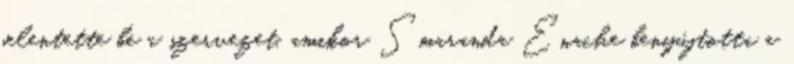
jelentette be a szervezet, amikor Smaranda Enache benyújtotta a